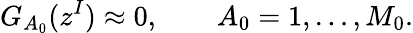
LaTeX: G_{A_{0}}(z^{I})\approx 0,\qquad A_{0}=1,\ldots,M_{0}.